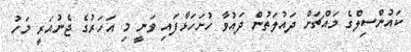
ކައުންސިލްގެ މައްޗަށް ދައުލަތުން ދައުވާ ހުށަހަޅާފައި ވަނީ މި އަހަރުގެ ޖެނުއަރީ މަހު